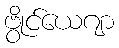
ဗွိုင်ယေဂျာ